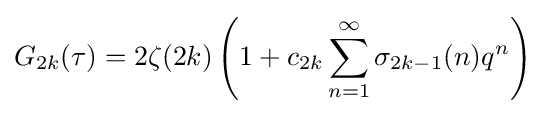
G_{2k}(\tau )=2\zeta (2k)\left(1+c_{2k}\sum _{n=1}^{\infty }\sigma _{2k-1}(n)q^{n}\right)